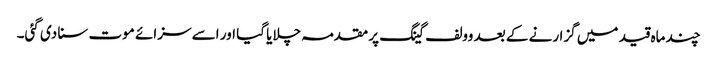
چند ماہ قید میں گزارنے کے بعد وولف گینگ پر مقدمہ چلایا گیا اور اسے سزائے موت سنا دی گئی۔